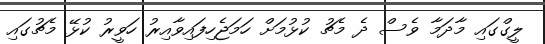
ލީގްގައި މާދަމާ ވެސް ދެ މެޗު ކުޅުމަށް ހަމަޖެހިފައިވާއިރު ހަވީރު ކުޅޭ މެޗުގައި